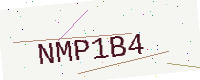
Text: NMP1B4